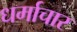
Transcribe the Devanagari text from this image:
धर्माचार